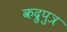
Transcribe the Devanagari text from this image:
कद्रुपुत्र